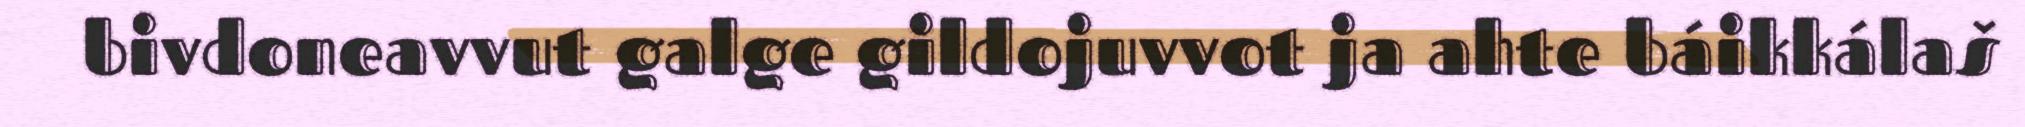
bivdoneavvut galge gildojuvvot ja ahte báikkálaš